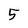
Character: 5